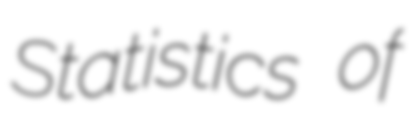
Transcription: Statistics of